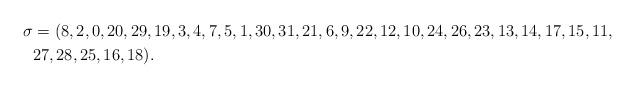
LaTeX: \begin{align*}\sigma &= (8, 2, 0, 20, 29, 19, 3, 4, 7, 5, 1, 30, 31, 21, 6, 9, 22, 12, 10, 24, 26, 23, 13, 14, 17, 15, 11,\\ &27, 28, 25, 16, 18).\end{align*}